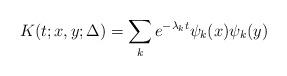
LaTeX: \begin{align*} K(t; x, y; \Delta) = \sum_k e^{-\lambda_k t} \psi_k(x)\psi_k(y)\end{align*}